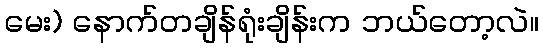
မေး) နောက်တချိန်ရုံးချိန်းက ဘယ်တော့လဲ။